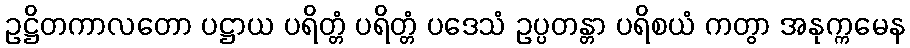
ဥဋ္ဌိတကာလတော ပဋ္ဌာယ ပရိတ္တံ ပရိတ္တံ ပဒေသံ ဥပ္ပတန္တာ ပရိစယံ ကတွာ အနုက္ကမေန